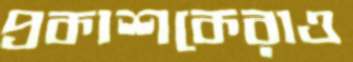
প্রকাশকেরাও